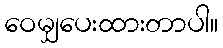
ဝေမျှပေးထားတာပါ။